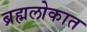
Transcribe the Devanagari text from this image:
ब्रह्मलोकात